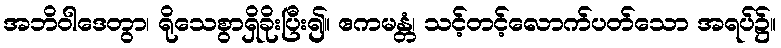
အဘိဝါဒေတွာ၊ ရိုသေစွာရှိခိုးပြီး၍။ ဧကမန္တံ၊ သင့်တင့်လောက်ပတ်သော အရပ်၌။